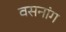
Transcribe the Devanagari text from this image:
वसनांग